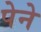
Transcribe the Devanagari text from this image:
पेने